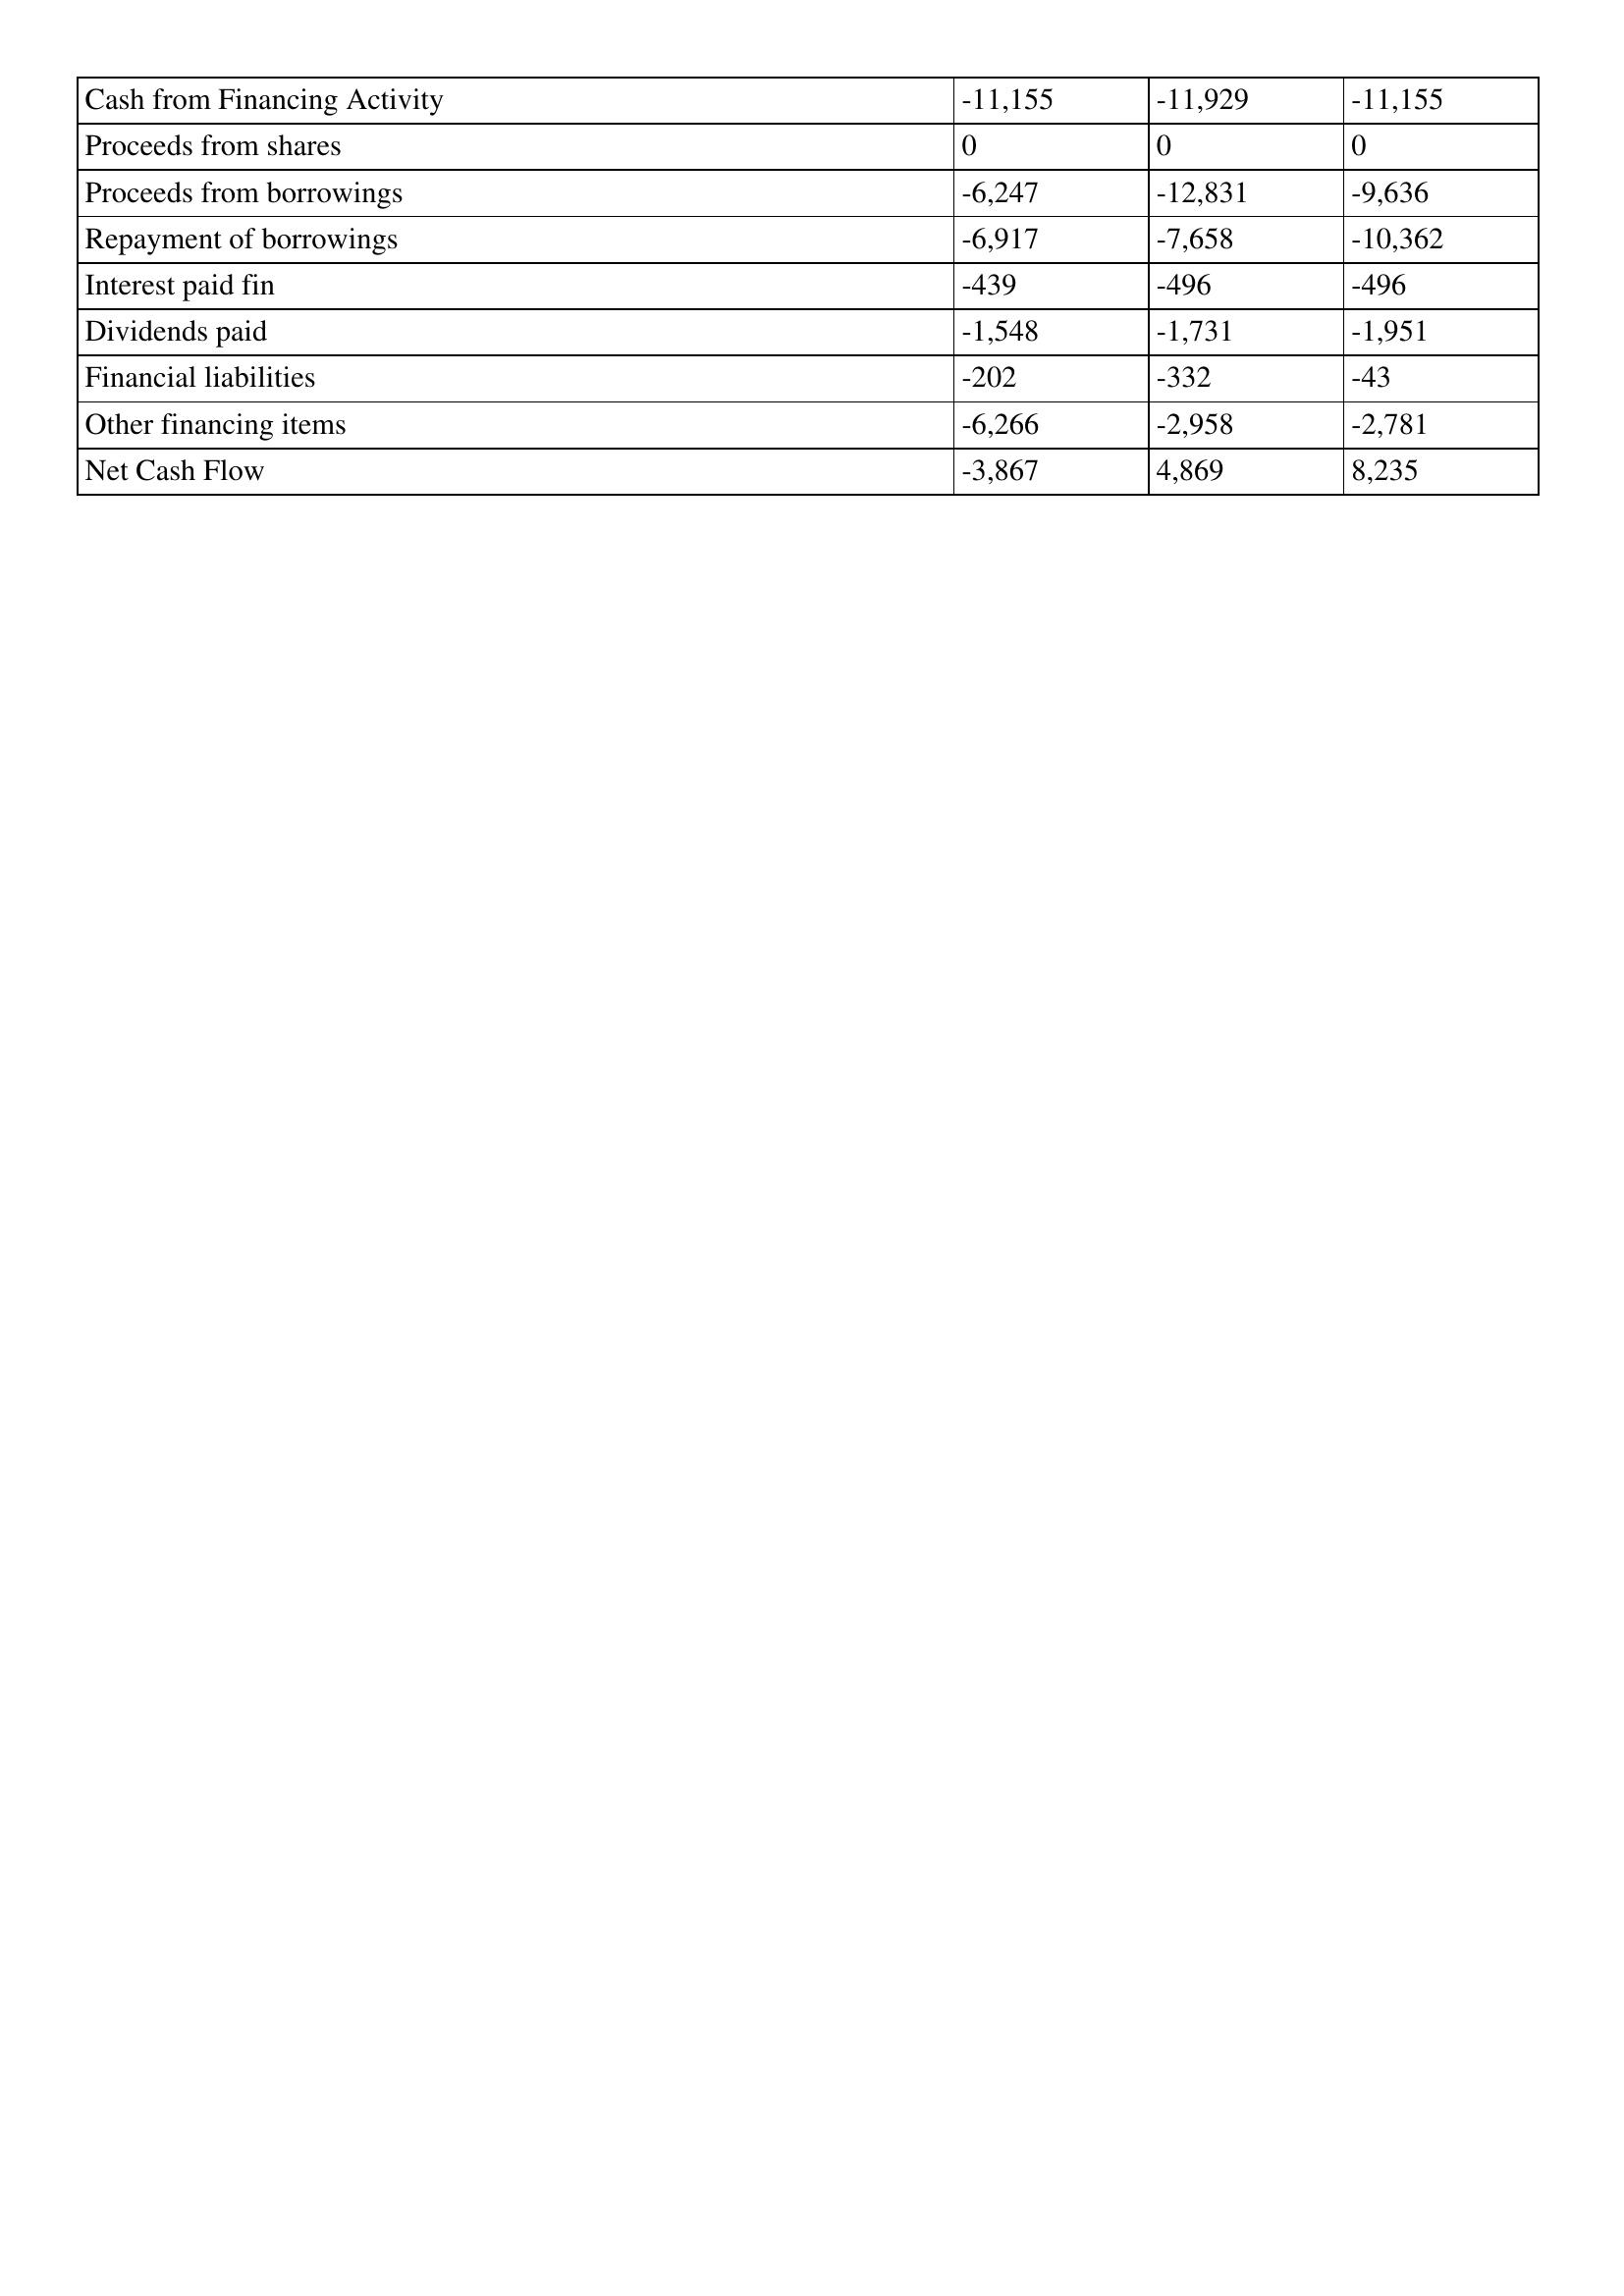
gt_parse: 1995: Cash Flows: Cash from Financing Activity: -11,155
Proceeds from shares: 0
Proceeds from borrowings: -6,247
Repayment of borrowings: -6,917
Interest paid fin: -439
Dividends paid: -1,548
Financial liabilities: -202
Other financing items: -6,266
Net Cash Flow: -3,867
1994: Cash Flows: Cash from Financing Activity: -11,929
Proceeds from shares: 0
Proceeds from borrowings: -12,831
Repayment of borrowings: -7,658
Interest paid fin: -496
Dividends paid: -1,731
Financial liabilities: -332
Other financing items: -2,958
Net Cash Flow: 4,869
1993: Cash Flows: Cash from Financing Activity: -11,155
Proceeds from shares: 0
Proceeds from borrowings: -9,636
Repayment of borrowings: -10,362
Interest paid fin: -496
Dividends paid: -1,951
Financial liabilities: -43
Other financing items: -2,781
Net Cash Flow: 8,235